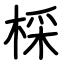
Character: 棌